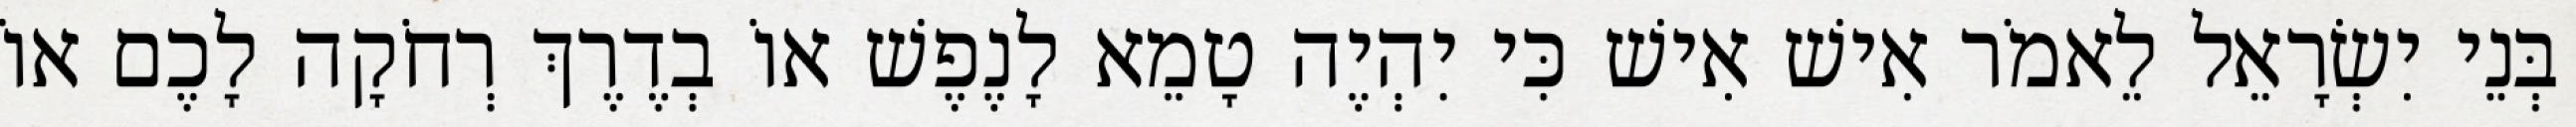
בְּנֵי יִשְׂרָאֵל לֵאמֹר אִישׁ אִישׁ כִּי יִהְיֶה טָמֵא לָנֶפֶשׁ אוֹ בְדֶרֶךְ רְחֹקָה לָכֶם אוֹ